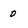
Character: 0